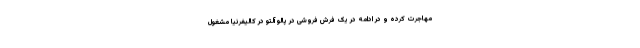
مهاجرت کرده و در ادامه در یک فرش فروشی در پالو آلتو در کالیفرنیا مشغول